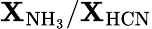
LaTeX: \mathbf{X}_{\mathrm{{NH_{3}}}}/\mathbf{X}_{\mathrm{{HCN}}}